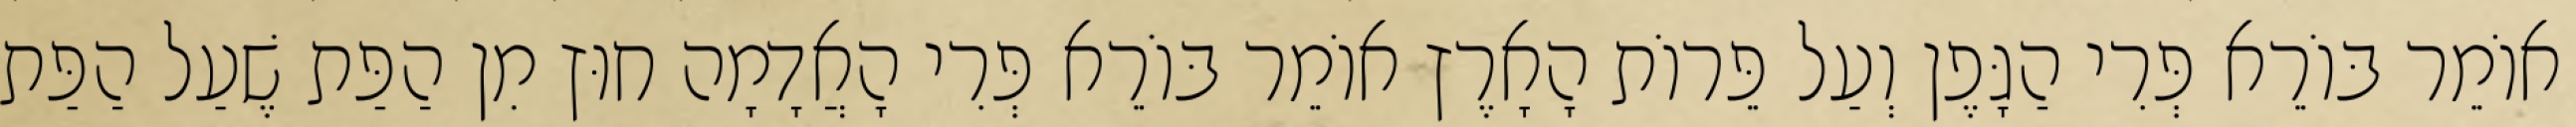
אוֹמֵר בּוֹרֵא פְּרִי הַגָּפֶן וְעַל פֵּרוֹת הָאָרֶץ אוֹמֵר בּוֹרֵא פְּרִי הָאֲדָמָה חוּץ מִן הַפַּת שֶׁעַל הַפַּת